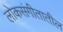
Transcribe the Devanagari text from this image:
लोकसंगीतातील